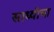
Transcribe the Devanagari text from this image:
साध्वीचा